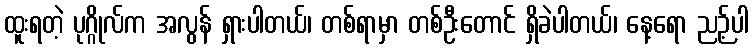
ထူးရတဲ့ ပုဂ္ဂိုလ်က အလွန် ရှားပါတယ်၊ တစ်ရာမှာ တစ်ဦးတောင် ရှိခဲပါတယ်၊ နေ့ရော ညဉ့်ပါ